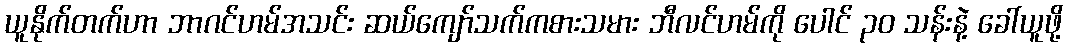
ယူနိုက်တက်ဟာ ဘာဂင်ဟမ်အသင်း ဆယ်ကျော်သက်ကစားသမား ဘီလင်ဟမ်ကို ပေါင် ၃၀ သန်းနဲ့ ခေါ်ယူဖို့